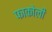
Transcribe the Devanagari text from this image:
फाकोली